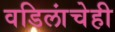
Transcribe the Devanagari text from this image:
वडिलांचेही